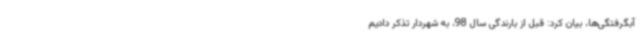
آبگرفتگی‌ها، بیان کرد: قبل از بارندگی سال 98، به شهردار تذکر دادیم